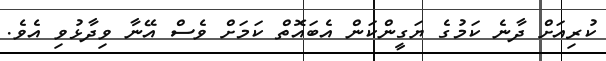
ކުރިއަށް ދާނެ ކަމުގެ ޔަގީންކަން އެބައޮތް ކަމަށް ވެސް އޭނާ ވިދާޅުވި އެވެ.